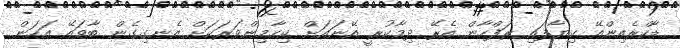
ޑާކްރެއިންއޭ ކިޔާފައި ރަފްހާން އެރޭ ދިމާކުރީ އޭނައަށް ކިހާމިންވަރަކަށް އެނގިގެން ބާވައޭ އަހަން